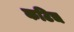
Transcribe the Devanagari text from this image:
कटिच